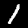
Label: 1